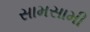
સામસામી